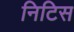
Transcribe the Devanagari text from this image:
निटिस